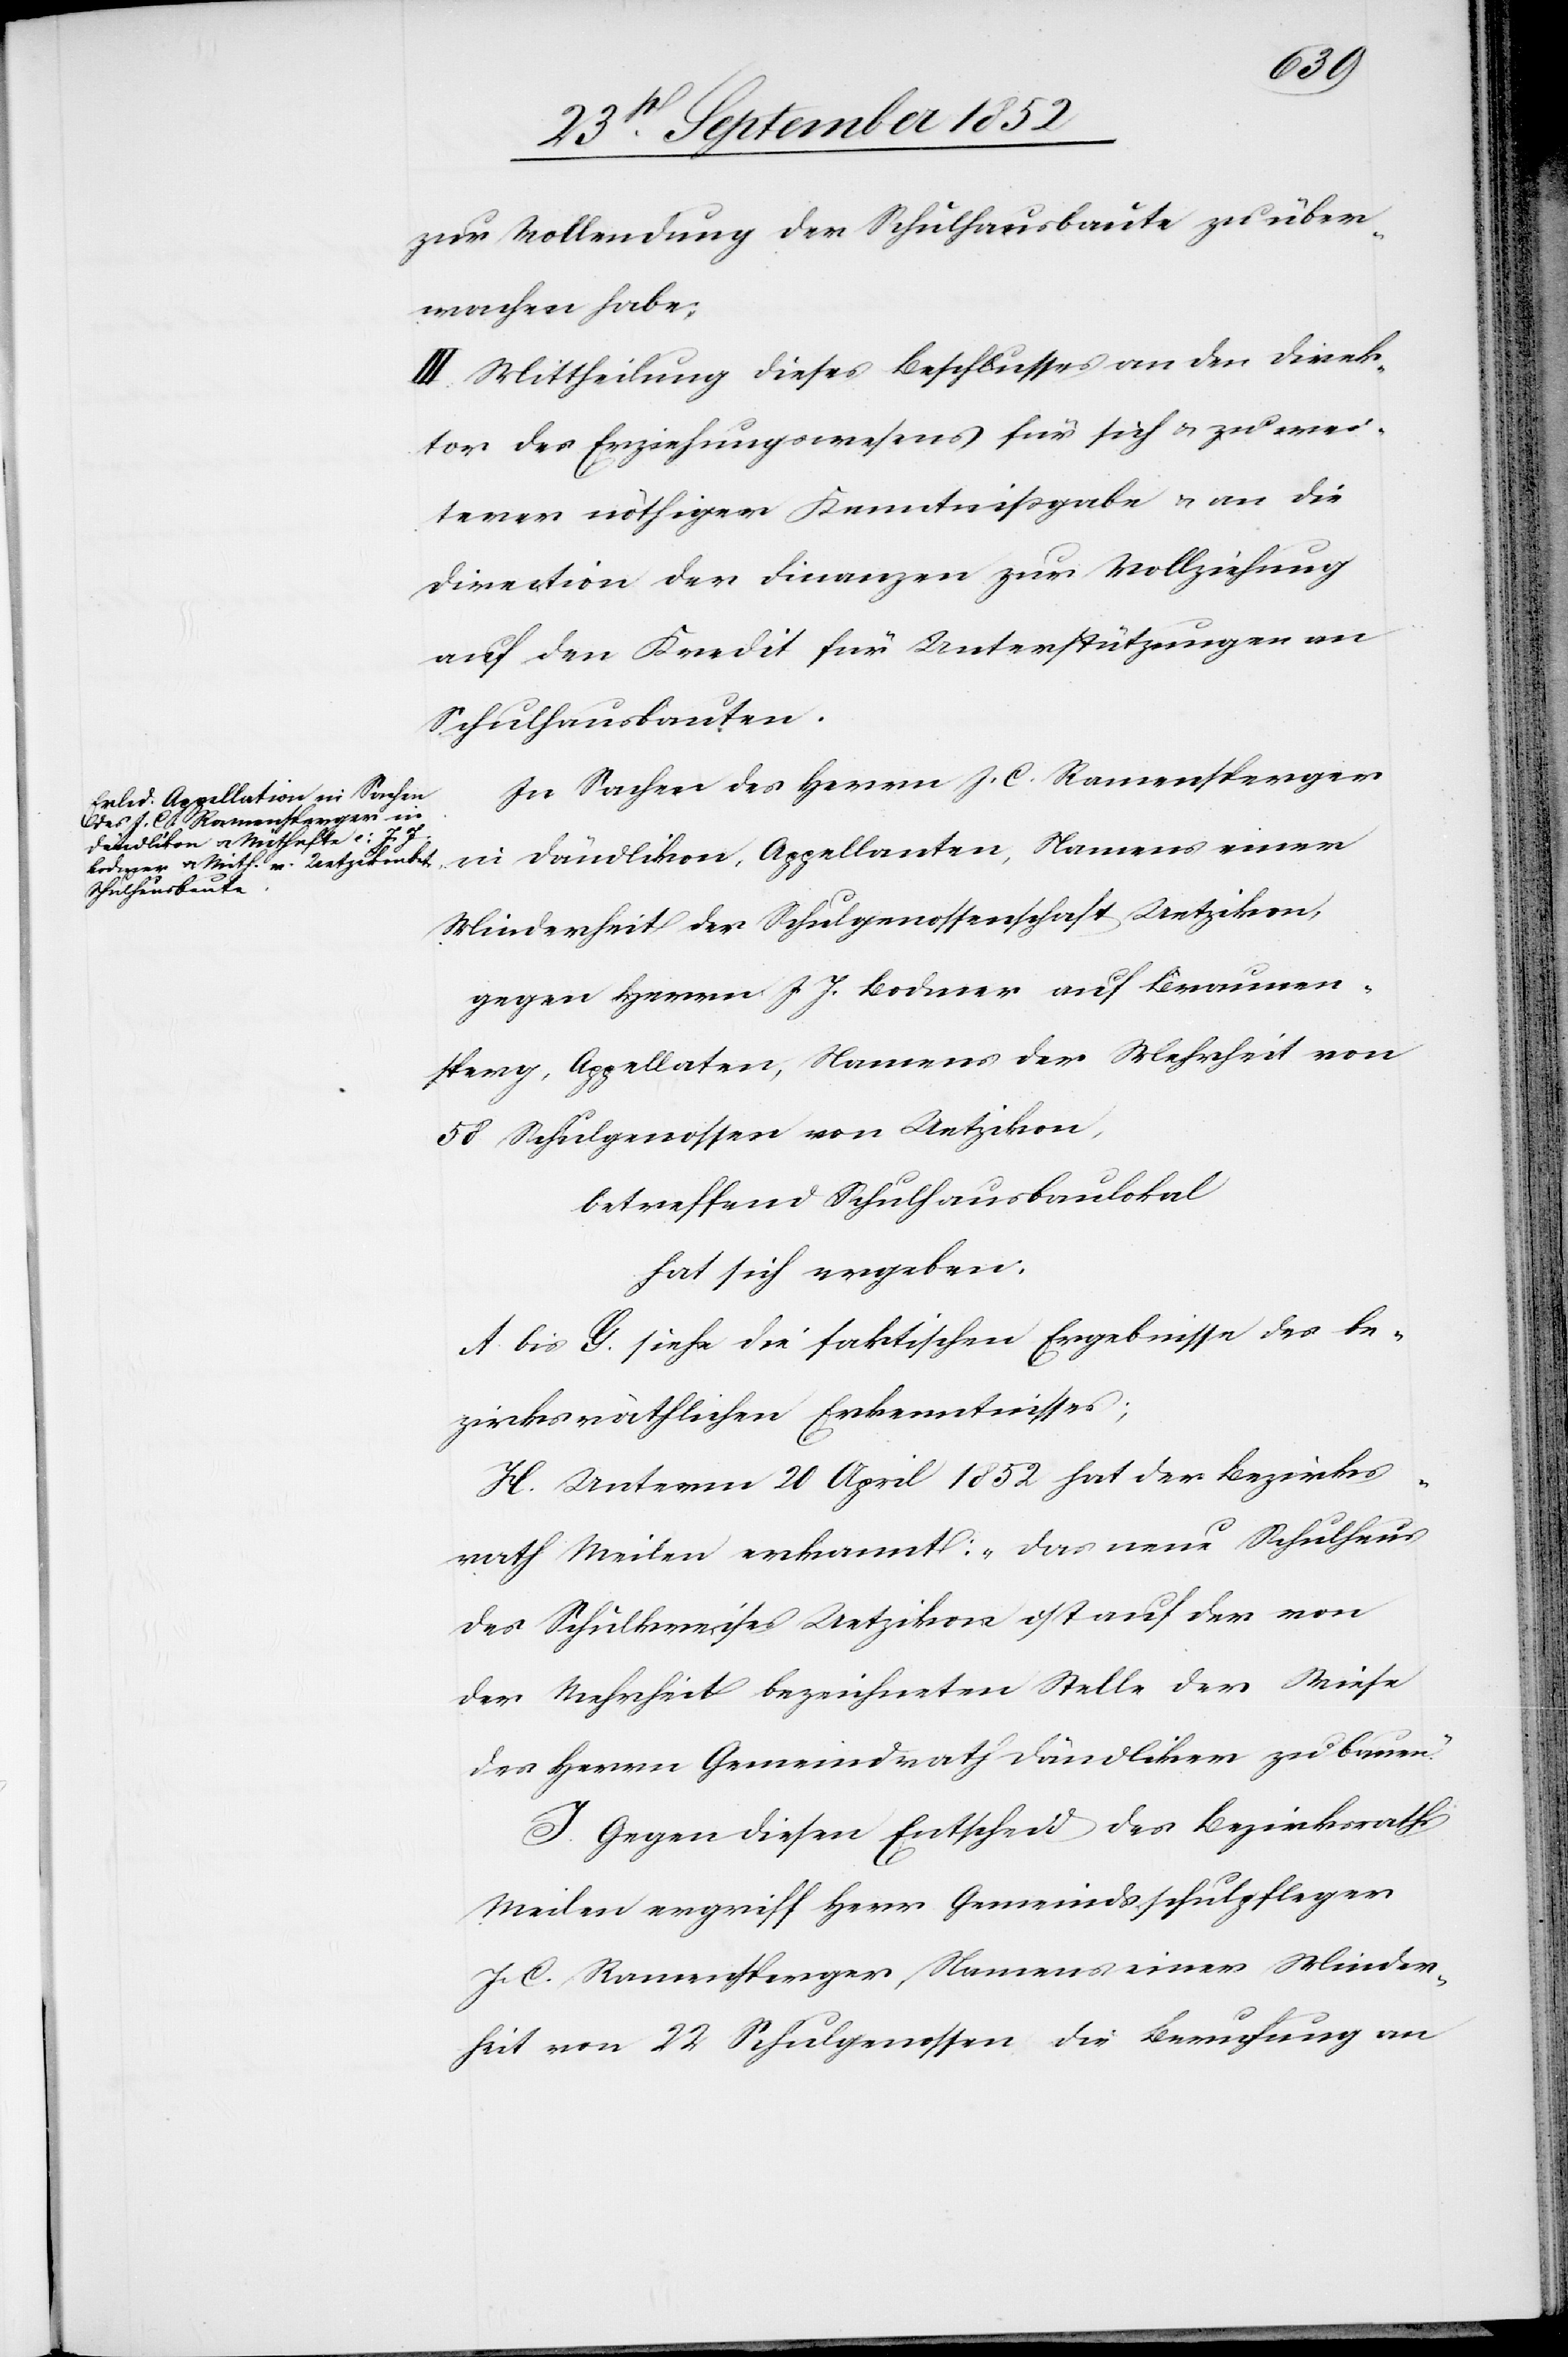
zur Vollendung der Schulhausbaute zu über¬
wachen habe;
III. Mittheilung dieses Beschlusses an den Direk¬
tor des Erziehungswesens für sich & zu wei¬
terer nöthiger Kenntnißgabe & an die
Direction der Finanzen zur Vollziehung
auf den Kredit für Unterstützungen an
Schulhausbauten.
In Sachen des Herrn J. C. Ramensperger
in Dändlikon, Appellanten, Namens einer
Minderheit der Schulgenossenschaft Uetzikon,
gegen Herrn J. J. Bodmer auf Braunen¬
sperg, Appellaten, Namens der Mehrheit von
58 Schulgenossen von Uetzikon,
betreffend Schulhausbaulokal
hat sich ergeben:
A bis G. siehe die faktischen Ergebnisse des be¬
zirksräthlichen Erkenntnisses;
H. Unterm 20 April 1852 hat der Bezirks¬
rath Meilen erkannt: „Das neue Schulhaus
des Schulkreises Uetzikon ist auf der von
der Mehrheit bezeichneten Stelle der Wiese
des Herrn Gemeindrath Dändliker zu bauen.“
I. Gegen diesen Entscheid des Bezirksraths
Meilen ergriff Herr Gemeindsschulpfleger
J. C. Ramensperger, Namens einer Minder¬
heit von 22 Schulgenossen die Berufung an